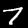
Digit: 7